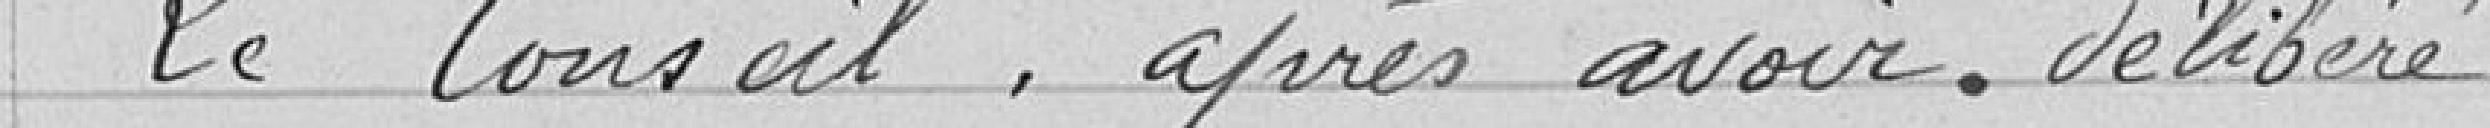
Le Conseil, après en avoir délibéré,